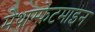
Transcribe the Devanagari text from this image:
मेथाम्फ़ेटमाइन